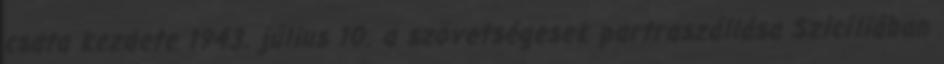
csata kezdete 1943. július 10. a szövetségesek partraszállása Szicíliában